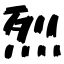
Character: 烈